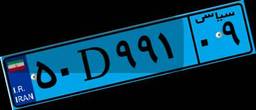
۰۵D۸۹۰۹۸